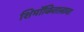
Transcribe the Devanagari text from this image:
शिमॉकिताज़ावा